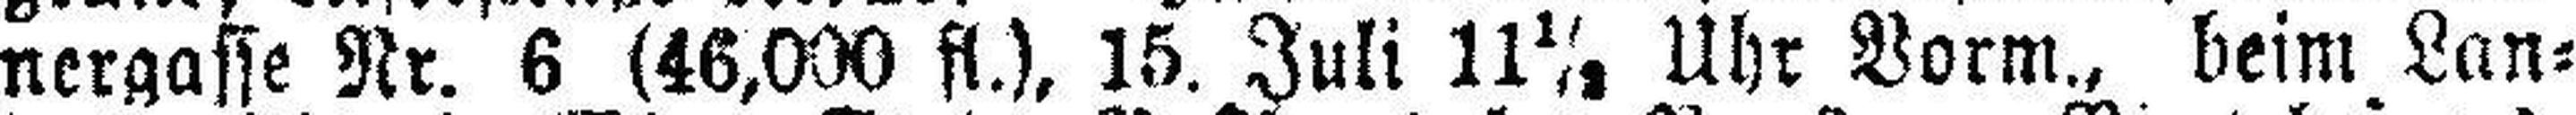
nergasse Nr. 6 (46,000 fl.), 15. Juli 11½ Uhr Vorm., beim Lan¬